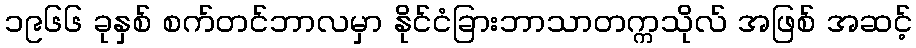
၁၉၆၆ ခုနှစ် စက်တင်ဘာလမှာ နိုင်ငံခြားဘာသာတက္ကသိုလ် အဖြစ် အဆင့်